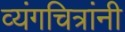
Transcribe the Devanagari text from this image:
व्यंगचित्रांनी